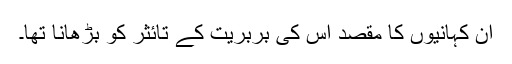
ان کہانیوں کا مقصد اس کی بربریّت کے تائثر کو بڑھانا تھا۔